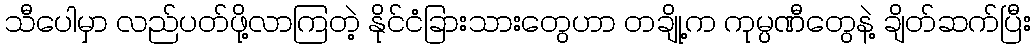
သီပေါမှာ လည်ပတ်ဖို့လာကြတဲ့ နိုင်ငံခြားသားတွေဟာ တချို့က ကုမ္ပဏီတွေနဲ့ ချိတ်ဆက်ပြီး